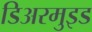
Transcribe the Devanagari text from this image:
डिअरमुइड